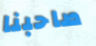
صاحبنا